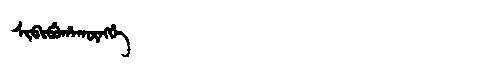
Manchu: ᠰᡳᠪᡳᠪᡠᡥᠠᡴᡡᠩᡤᡝ
Romanization: SIBIBUHAKŪNGGE